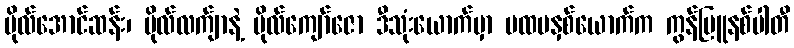
ဗိုလ်အောင်ဆန်း၊ ဗိုလ်လက်ျာနဲ့ ဗိုလ်ကျော်ဇော ဒီသုံးယောက်မှာ ပထမနှစ်ယောက်က ကွန်မြူနစ်ပါတီ